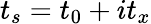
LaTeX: t_{s}=t_{0}+it_{x}